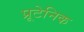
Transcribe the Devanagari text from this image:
प्रूटेनिक